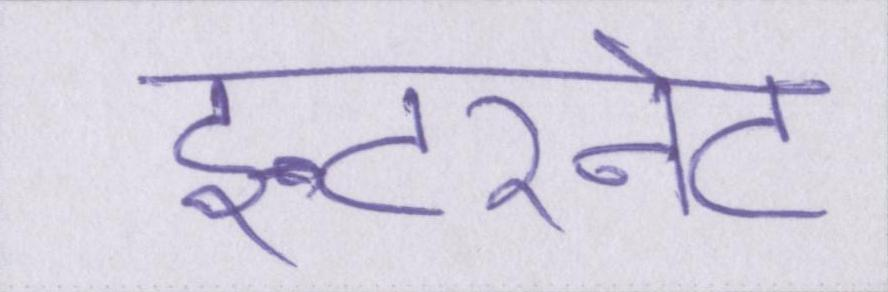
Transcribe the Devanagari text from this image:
इन्टरनेट